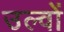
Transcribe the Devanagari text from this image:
उल्वों